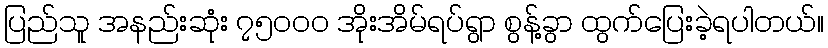
ပြည်သူ အနည်းဆုံး ၇၅၀၀၀ အိုးအိမ်ရပ်ရွာ စွန့်ခွာ ထွက်ပြေးခဲ့ရပါတယ်။